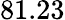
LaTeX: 81.23